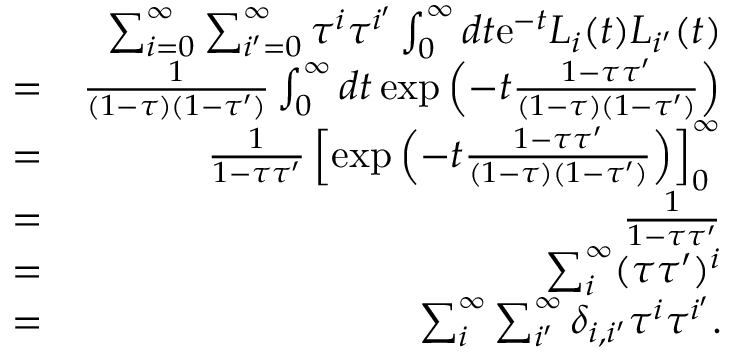
\begin{array} { r l r } & { } & { \sum _ { i = 0 } ^ { \infty } \sum _ { i ^ { \prime } = 0 } ^ { \infty } \tau ^ { i } \tau ^ { i ^ { \prime } } \int _ { 0 } ^ { \infty } d t \mathrm { e } ^ { - t } L _ { i } ( t ) L _ { i ^ { \prime } } ( t ) } \\ & { = } & { \frac { 1 } { ( 1 - \tau ) ( 1 - \tau ^ { \prime } ) } \int _ { 0 } ^ { \infty } d t \exp \left( - t \frac { 1 - \tau \tau ^ { \prime } } { ( 1 - \tau ) ( 1 - \tau ^ { \prime } ) } \right) } \\ & { = } & { \frac { 1 } { 1 - \tau \tau ^ { \prime } } \left[ \exp \left( - t \frac { 1 - \tau \tau ^ { \prime } } { ( 1 - \tau ) ( 1 - \tau ^ { \prime } ) } \right) \right] _ { 0 } ^ { \infty } } \\ & { = } & { \frac { 1 } { 1 - \tau \tau ^ { \prime } } } \\ & { = } & { \sum _ { i } ^ { \infty } ( \tau \tau ^ { \prime } ) ^ { i } } \\ & { = } & { \sum _ { i } ^ { \infty } \sum _ { i ^ { \prime } } ^ { \infty } \delta _ { i , i ^ { \prime } } \tau ^ { i } \tau ^ { i ^ { \prime } } . } \end{array}